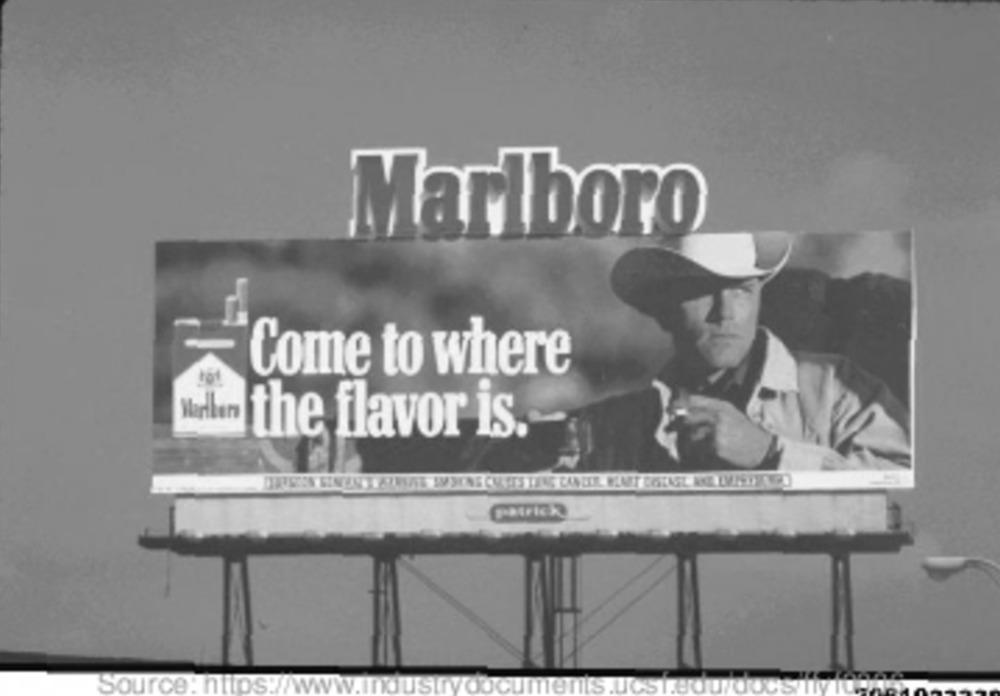
Marlboro
Come to where
10
Marlkers
the flavor is.
CHFICK
SOU
ce
SIT
YOUcuments.L